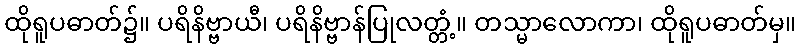
ထိုရူပဓာတ်၌။ ပရိနိဗ္ဗာယီ၊ ပရိနိဗ္ဗာန်ပြုလတ္တံ့။ တသ္မာလောကာ၊ ထိုရူပဓာတ်မှ။